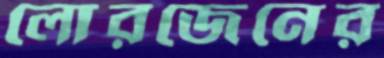
লোরজেনের